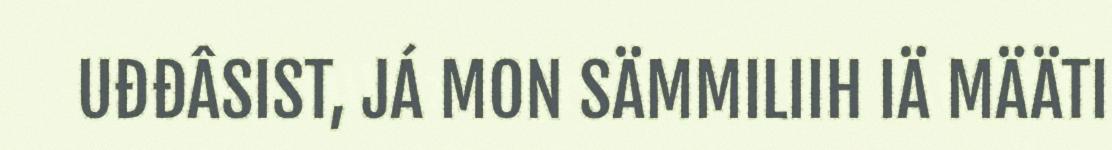
UĐĐÂSIST, JÁ MON SÄMMILIIH IÄ MÄÄTI